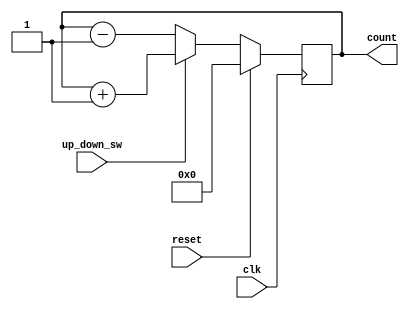
`timescale 1ns / 1ps
//////////////////////////////////////////////////////////////////////////////////
// Company: 
// 
// Design Name: un_down Counter
// Module Name: up_down_coubter
// Project Name: Training
// Target Devices: Nexys 4
// Tool Versions: 2021.1
// Description: The counter is triggered by a clock and a sync reset. 
                //one switch with alternating binary values is used to 
                //make the counter count up or down as needed.
// 
// Dependencies: 
// 
// Revision: 22.01
// Revision 0.01 - File Created
// Additional Comments: synchrounous reset used, clock divider used too to make the counter practical.
// 
//////////////////////////////////////////////////////////////////////////////////

module up_down_counter(
    input clk, 
    input reset,
    input up_down_sw,
    //input load,
   // input [3:0] data,
    output reg [3:0] count = 0
    );
    // this design is for simulation ONLY, as such no clock divider is necessary. 

always@(posedge clk)
begin
    if (reset)         //set cuounter to 0
    count <= 4'b0000;   
    else if(up_down_sw)      // upward counting
        count <= count + 1;
    else                     //downward counting 
        count <= count - 1;
 end
endmodule